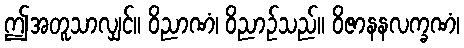
ဤအတူသာလျှင်။ ဝိညာဏံ၊ ဝိညာဉ်သည်။ ဝိဇာနနလက္ခဏံ၊